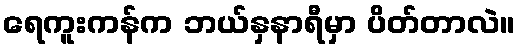
ရေကူးကန်က ဘယ်နှနာရီမှာ ပိတ်တာလဲ။